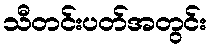
သီတင်းပတ်အတွင်း